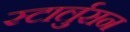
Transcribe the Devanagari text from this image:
स्टार्लुसन